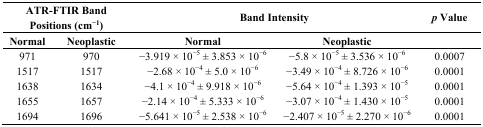
<table><thead><tr><td colspan="2"><b>ATR-FTIR Band Positions (cm<sup>−1</sup>)</b></td><td colspan="2"><b>Band Intensity </b></td><td><b><i>p</i> Value</b></td></tr><tr><td><b>Normal</b></td><td><b>Neoplastic</b></td><td><b>Normal</b></td><td><b>Neoplastic</b></td><td></td></tr></thead><tbody><tr><td>971</td><td>970</td><td>−3.919 × 10<sup>−5</sup> ± 3.853 × 10<sup>−6</sup></td><td>−5.8 × 10<sup>−5</sup> ± 3.536 × 10<sup>−6</sup></td><td>0.0007</td></tr><tr><td>1517</td><td>1517</td><td>−2.68 × 10<sup>−4</sup> ± 5.0 × 10<sup>−6</sup></td><td>−3.49 × 10<sup>−4</sup> ± 8.726 × 10<sup>−6</sup></td><td>0.0001</td></tr><tr><td>1638</td><td>1634</td><td>−4.1 × 10<sup>−4</sup> ± 9.918 × 10<sup>−6</sup></td><td>−5.64 × 10<sup>−4</sup> ± 1.393 × 10<sup>−5</sup></td><td>0.0001</td></tr><tr><td>1655</td><td>1657</td><td>−2.14 × 10<sup>−4</sup> ± 5.333 × 10<sup>−6</sup></td><td>−3.07 × 10<sup>−4</sup> ± 1.430 × 10<sup>−5</sup></td><td>0.0001</td></tr><tr><td>1694</td><td>1696</td><td>−5.641 × 10<sup>−5</sup> ± 2.538 × 10<sup>−6</sup></td><td>−2.407 × 10<sup>−5</sup> ± 2.270 × 10<sup>−6</sup></td><td>0.0001</td></tr></tbody></table>